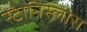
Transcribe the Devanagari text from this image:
स्टानिस्लास